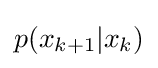
p(x_{k+1}|x_{k})